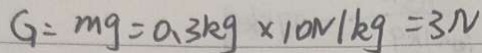
G = m g = 0 . 3 k g \times 1 0 N / k g = 3 N